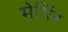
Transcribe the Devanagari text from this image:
मेर्थिर